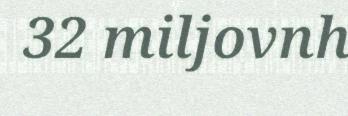
32 miljovnh